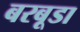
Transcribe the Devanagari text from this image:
बरबूडा